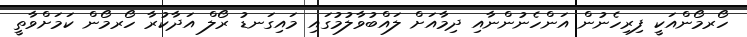
ހޯރމޯންއަކީ ފިރިހެނުން އަންހެނުންނާއި ދިމާއަށް ލައްބުވާލުމުގައި މައިގަނޑު ރޯލް އަދާކުރާ ހޯރމޯން ކަމަށްވާތީ